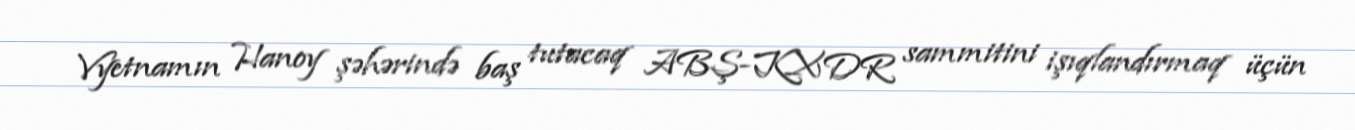
Vyetnamın Hanoy şəhərində baş tutacaq ABŞ-KXDR sammitini işıqlandırmaq üçün